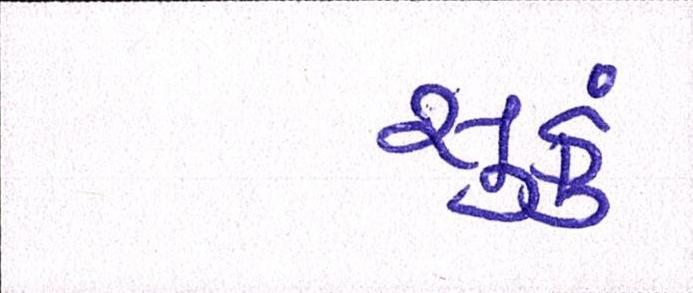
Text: સુકું